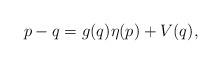
LaTeX: \begin{align*} p-q = g(q)\eta(p) + V(q),\end{align*}